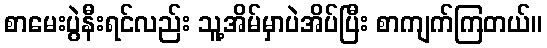
စာမေးပွဲနီးရင်လည်း သူ့အိမ်မှာပဲအိပ်ပြီး စာကျက်ကြတယ်။